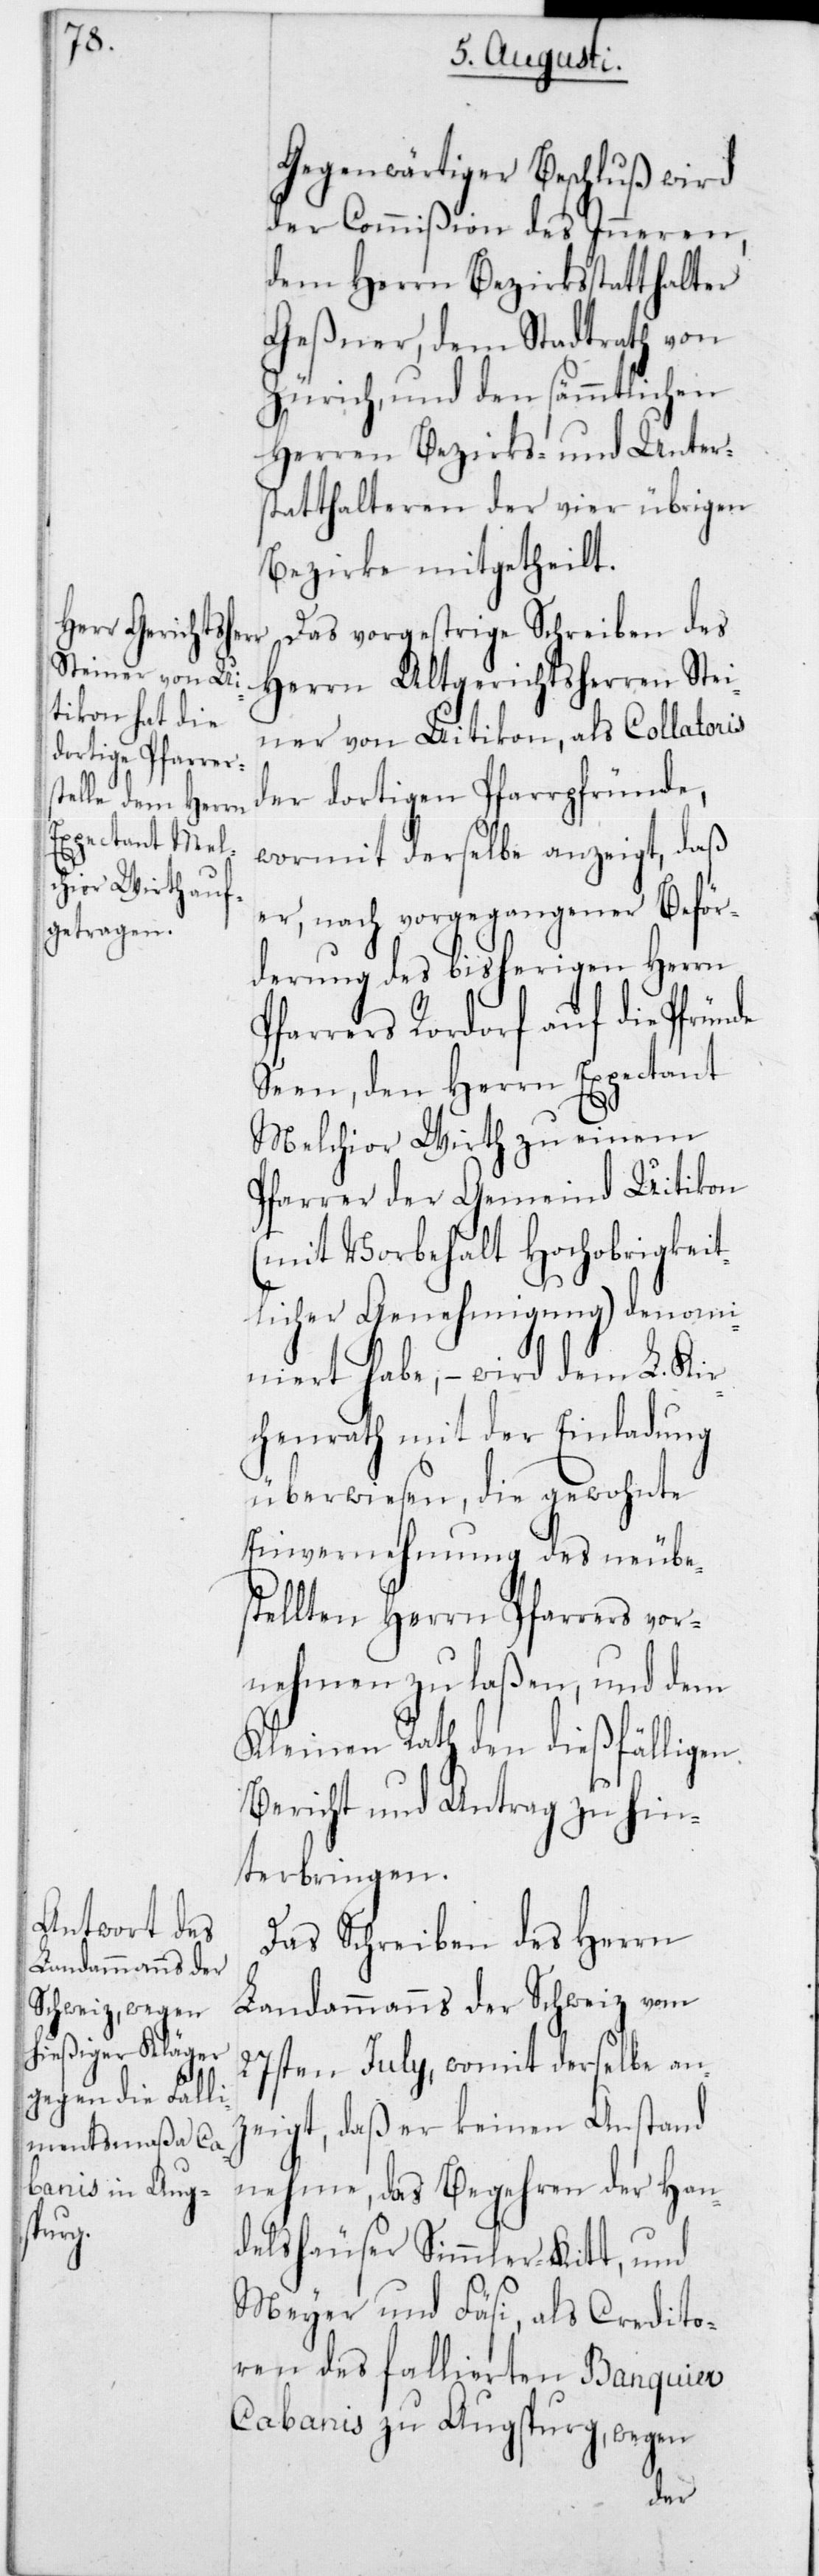
Gegenwärtiger Beschluß wird
der Commißion des Inneren,
dem Herrn Bezirksstatthalter
Geßner, dem Stadtrath von
Zürich und den sämmtlichen
Herren Bezirks- und Unter¬
statthalteren der vier übrigen
Bezirke mitgetheilt.
Das vorgestrige Schreiben des
Herrn Altgerichtsherren Stei¬
ner von Uitikon, als Collatoris
der dortigen Pfarrpfründe,
wormit derselbe anzeigt, daß
er, nach vorgegangener Beför¬
derung des bisherigen Herrn
Pfarrers Rordorf auf die Pfründe
Seen, den Herrn Expectant
Melchior Wirth zu einem
Pfarrer der Gemeind Uitikon
(mit Vorbehalt Hochobrigkeit¬
licher Genehmigung) denomi¬
niert habe, – wird dem L. Kir¬
chenrath mit der Einladung
überwiesen, die gewohnte
Einvernehmung des neu be¬
stellten Herrn Pfarrers vor¬
nehmen zu laßen, und dem
Kleinen Rath den diesfälligen
Bericht und Antrag zu hin¬
terbringen.
Das Schreiben des Herrn
Landammanns der Schweiz vom
27sten July, womit derselbe anz¬
eigt, daß er keinen Anstand
nehme, das Begehren der Han¬
delshäuser Simmler-Kitt, und
Meyer und Fäsi, als Credito¬
ren des fallierten Banquier
Cabanis zu Augspurg, wegen